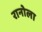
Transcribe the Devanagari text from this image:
रानोला